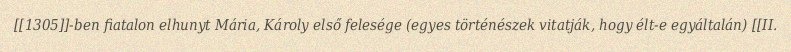
[[1305]]-ben fiatalon elhunyt Mária, Károly első felesége (egyes történészek vitatják, hogy élt-e egyáltalán) [[II.